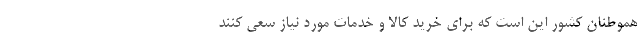
هموطنان کشور این است که برای خرید کالا و خدمات مورد نیاز سعی کنند